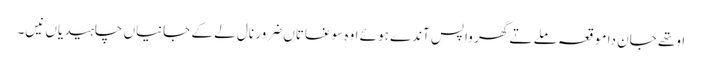
اوتھے جان دا موقعہ ملے تے گھر واپس آندے ہوئے اوہ سوغاتاں ضرور نال لے کے جانیاں چاہیدیاں نیں۔